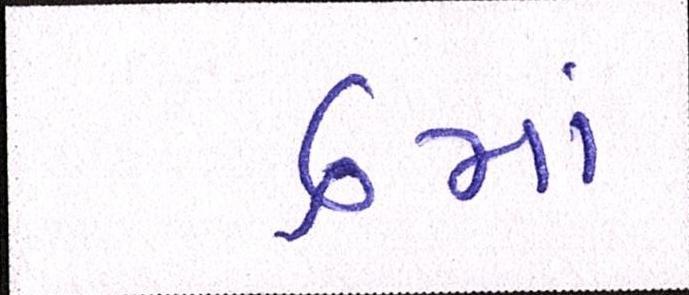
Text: ૬માં